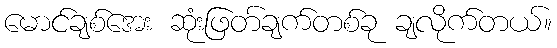
မောင်ချစ်အေး ဆုံးဖြတ်ချက်တစ်ခု ချလိုက်တယ်။